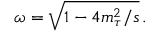
\omega = \sqrt { 1 - 4 m _ { \tau } ^ { 2 } / s } \, .